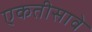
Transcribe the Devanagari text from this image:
एकतीसावे